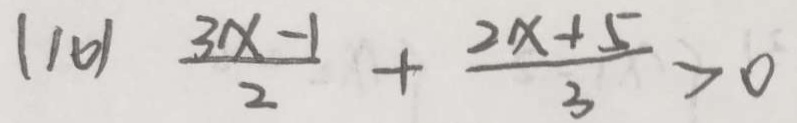
( 1 0 ) \frac { 3 x - 1 } { 2 } + \frac { 2 x + 5 } { 3 } > 0